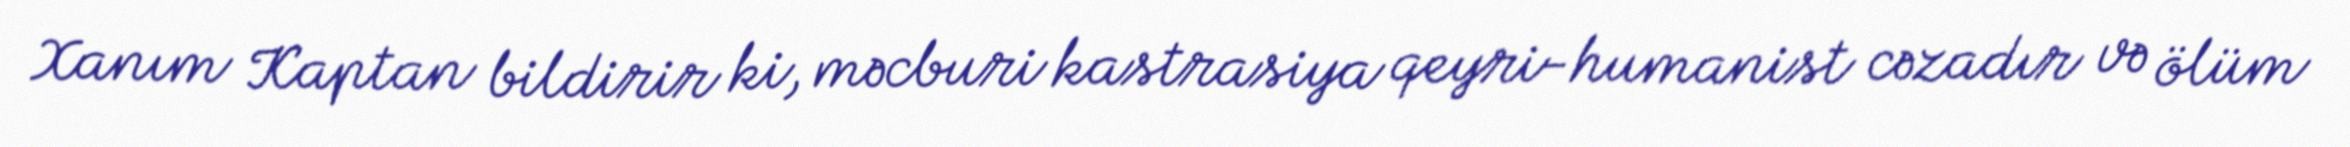
Xanım Kaptan bildirir ki, məcburi kastrasiya qeyri-humanist cəzadır və ölüm